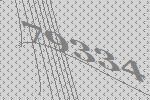
79334